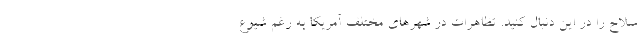
سلاح را در این دنبال کنید. تظاهرات در شهرهای مختلف آمریکا به رغم شیوع